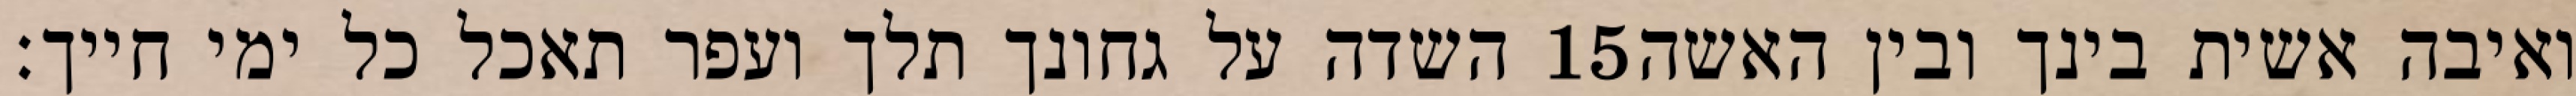
השדה על גחונך תלך ועפר תאכל כל ימי חייך׃ ‎15‏ ואיבה אשית בינך ובין האשה